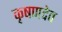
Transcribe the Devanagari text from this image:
कृषणदेव